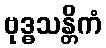
ဗုဒ္ဓသန္တိကံ